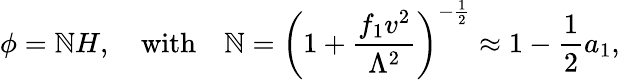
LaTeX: \phi=\mathbb{N}H,\quad\mathrm{{with}}\quad\mathbb{N}=\left(1+{\frac{{f_{1}v^{2}}}{{\Lambda^{2}}}}\right)^{-{\frac{{1}}{{2}}}}\approx1-{\frac{{1}}{{2}}}a_{1},